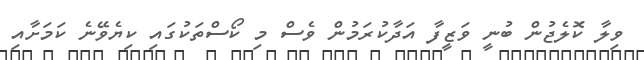
ވިލާ ކޮލެޖުން ބުނީ ވަޒީފާ އަދާކުރަމުން ވެސް މި ކޯސްތަކުގައި ކިޔެވޭނެ ކަމަށާއި